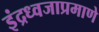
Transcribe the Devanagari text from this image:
इंद्रध्वजाप्रमाणे